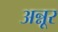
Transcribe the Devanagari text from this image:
अन्नूर